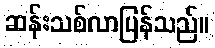
ဆန်းသစ်လာပြန်သည်။